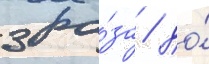
3 ра́за / до́